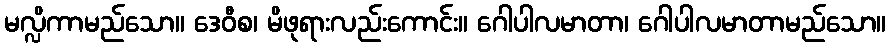
မလ္လိကာမည်သော။ ဒေဝီစ၊ မိဖုရားလည်းကောင်း။ ဂေါပါလမာတာ၊ ဂေါပါလမာတာမည်သော။